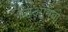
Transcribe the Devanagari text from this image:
जिआनबी